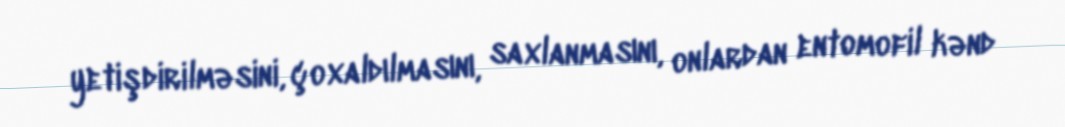
yetişdirilməsini, çoxaldılmasını, saxlanmasını, onlardan entomofil kənd